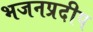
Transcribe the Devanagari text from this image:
भजनप्रदीप